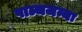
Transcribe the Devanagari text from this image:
पाञ्चजन्यः